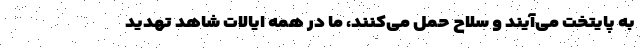
به پایتخت می‌آیند و سلاح حمل می‌کنند، ما در همه ایالا‌ت شاهد تهدید